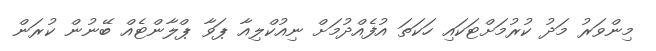
މިންވަރު މަދު ކުރުމަށްޓަކައި ހަކަތަ އުފެއްދުމަށް ނިއުކްލިއާ ޕަވާ ޕްލާންޓެއް ބޭނުން ކުރަން